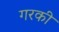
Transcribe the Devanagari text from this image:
गरकी